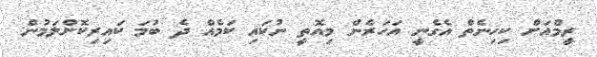
ރީމްއަށް ކިހިނެތް އެގެނީ އަހަރެން މިއޮތީ ނުކައި ކަމެއް ދެ ބުމަ ކައިރިކޮށްލަމުން